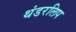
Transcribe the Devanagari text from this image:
थंडरलिप